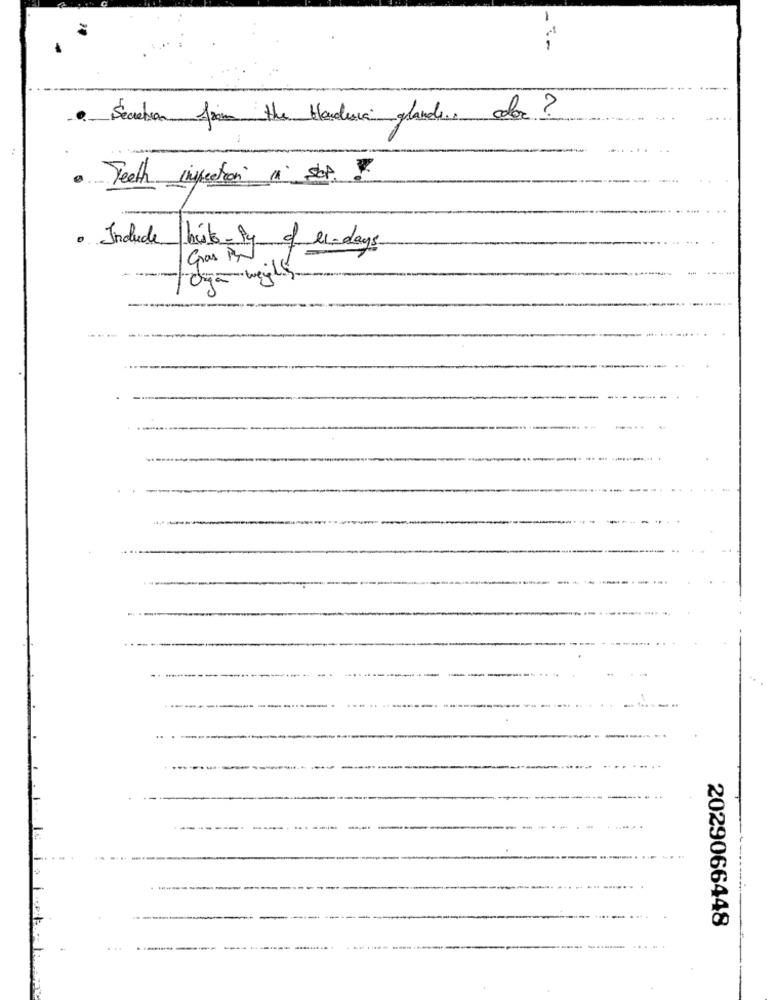
- --
· Secretion from the Hondura glands. color ?
-Teeth infection in SOP. ?
Indude beste- Py of es-days
Gras P.
-------
2029066448